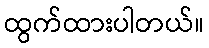
ထွက်ထားပါတယ်။